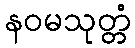
နဝမသုတ္တံ